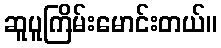
ဆူပူကြိမ်းမောင်းတယ်။